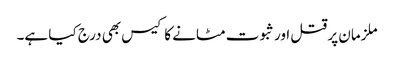
ملزمان پر قتل اور ثبوت مٹانے کا کیس بھی درج کیا ہے۔